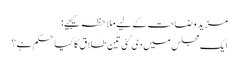
مزید وضاحت کے لیے ملاحظہ کیجیے:
ایک مجلس میں‌ دی گئی تین طلاق کا کیا حکم ہے؟